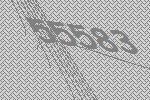
55583